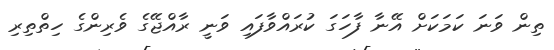
ތިން ވަނަ ކަމަކަށް އޭނާ ފާހަގަ ކުރައްވާފައި ވަނީ ރާއްޖޭގެ ވެރިންގެ ހިތްތިރި